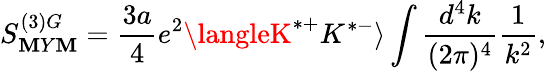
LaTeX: S_{\mathbf{M}Y\mathbf{M}}^{(3)G}={\frac{{3a}}{{4}}}e^{2}\langleK^{*+}K^{*-}\rangle\int{\frac{{d^{4}k}}{{(2\pi)^{4}}}}{\frac{{1}}{{k^{2}}}},